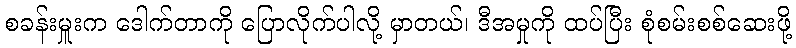
စခန်းမှူးက ဒေါက်တာကို ပြောလိုက်ပါလို့ မှာတယ်၊ ဒီအမှုကို ထပ်ပြီး စုံစမ်းစစ်ဆေးဖို့